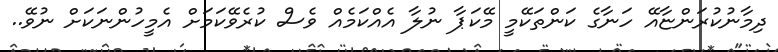
ދިމާނުކުރަންޏާއޭ ހަނާގެ ކަންތަކޭމީ މޭކަޕާ ނުލާ އެއްކަމެއް ވެސް ކުރެވޭކަމަށް އެމީހުންނަކަށް ނުވޭ..